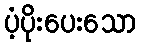
ပံ့ပိုးပေးသော